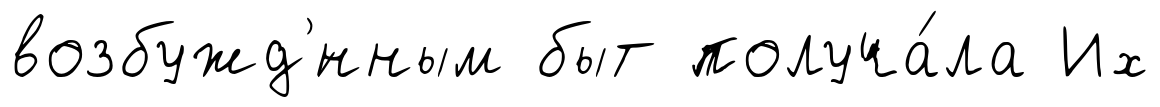
возбужд'́нным быт получа́ла Их